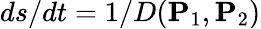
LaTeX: {ds/dt}=1/D(\mathbf{P}_{1},\mathbf{P}_{2})